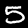
Digit: 5